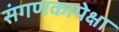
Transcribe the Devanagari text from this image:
संगणकापेक्षा